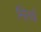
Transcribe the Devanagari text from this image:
निर्त्य